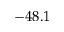
- 4 8 . 1